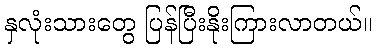
နှလုံးသားတွေ ပြန်ပြီးနိုးကြားလာတယ်။